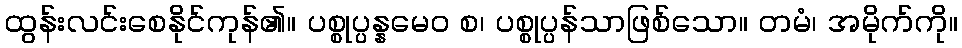
ထွန်းလင်းစေနိုင်ကုန်၏။ ပစ္စုပ္ပန္နမေဝ စ၊ ပစ္စုပ္ပန်သာဖြစ်သော။ တမံ၊ အမိုက်ကို။